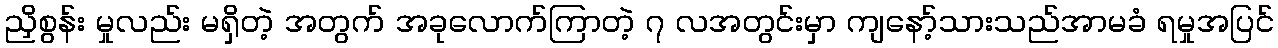
ညှိစွန်း မှုလည်း မရှိတဲ့ အတွက် အခုလောက်ကြာတဲ့ ၇ လအတွင်းမှာ ကျနော့်သားသည်အာမခံ ရမှုအပြင်